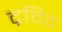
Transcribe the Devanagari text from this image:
द्रविद